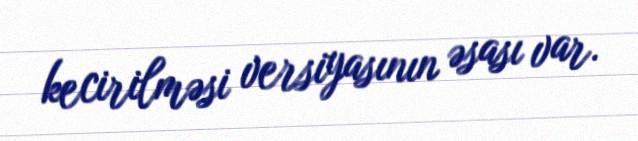
kecirilməsi versiyasının əsası var.